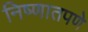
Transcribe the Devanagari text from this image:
निष्णातपणे